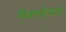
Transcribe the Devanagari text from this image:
मैक्लॉयड